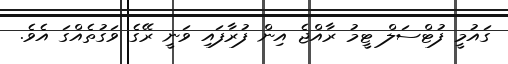
ގައުމީ ފުޓްސަލް ޓީމު ރާއްޖެ އިން ފުރާފައި ވަނީ ރޭގެ ވަގުތެއްގަ އެވެ.